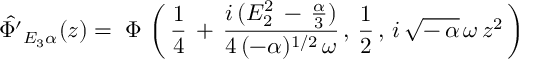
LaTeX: \hat { \Phi ^ { \prime } } _ { E _ { 3 } \alpha } ( z ) = \; \Phi \, \left( \, \frac { 1 } { 4 } \, + \, \frac { i \, ( E _ { 2 } ^ { 2 } \, - \, \frac { \alpha } { 3 } ) } { 4 \, ( - \alpha ) ^ { 1 / 2 } \, \omega } \, , \, \frac { 1 } { 2 } \, , \, i \, \sqrt { - \, \alpha } \, \omega \, z ^ { 2 } \, \right) \,